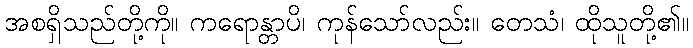
အစရှိသည်တို့ကို။ ကရောန္တာပိ၊ ကုန်သော်လည်း။ တေသံ၊ ထိုသူတို့၏။